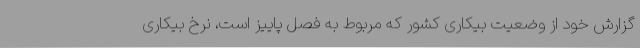
گزارش خود از وضعیت بیکاری کشور که مربوط به فصل پاییز است، نرخ بیکاری